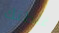
غلطتك